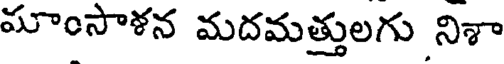
మాంసాళన మదమత్తులగు నిశా